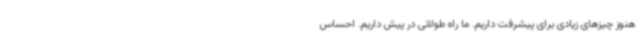
هنوز چیزهای زیادی برای پیشرفت داریم. ما راه طولانی در پیش داریم. احساس